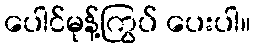
ပေါင်မုန့်ကြွပ် ပေးပါ။